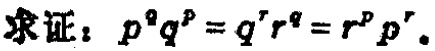
求证：\(p^{q}q^{p}=q^{r}r^{q}=r^{p}p^{r}\)